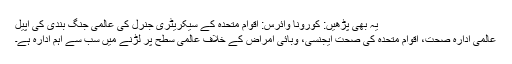
یہ بھی پڑھیں: کورونا وائرس: اقوام متحدہ کے سیکریٹری جنرل کی عالمی جنگ بندی کی اپیل
عالمی ادارہ صحت، اقوام متحدہ کی صحت ایجنسی، وبائی امراض کے خلاف عالمی سطح پر لڑنے میں سب سے اہم ادارہ ہے۔